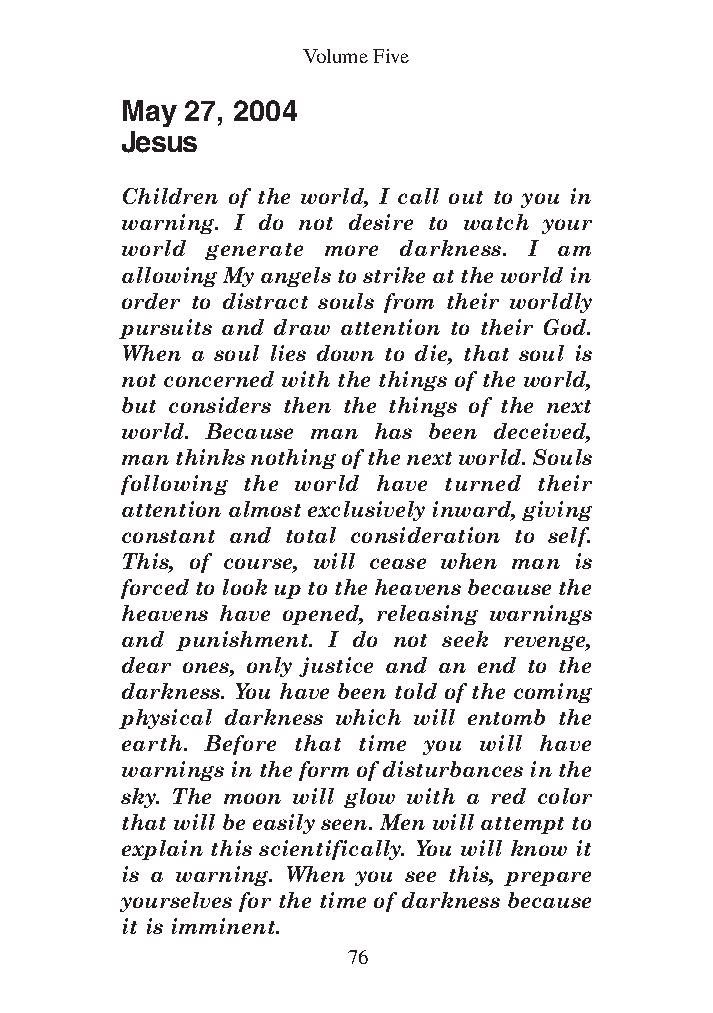
DFOT Vol 5 No App_1 12/3/13 8:54 PM Page 76
 Volume Five
 May 27, 2004
 Jesus
 Children of the world, I call out to you in
 warning. I do not desire to watch your
 world generate more darkness. I am
 allowing My angels to strike at the world in
 order to distract souls from their worldly
 pursuits and draw attention to their God.
 When a soul lies down to die, that soul is
 not concerned with the things of the world,
 but considers then the things of the next
 world. Because man has been deceived,
 man thinks nothing of the next world. Souls
 following the world have turned their
 attention almost exclusively inward, giving
 constant and total consideration to self.
 This, of course, will cease when man is
 forced to look up to the heavens because the
 heavens have opened, releasing warnings
 and punishment. I do not seek revenge,
 dear ones, only justice and an end to the
 darkness. You have been told of the coming
 physical darkness which will entomb the
 earth. Before that time you will have
 warnings in the form of disturbances in the
 sky. The moon will glow with a red color
 that will be easily seen. Men will attempt to
 explain this scientifically. You will know it
 is a warning. When you see this, prepare
 yourselves for the time of darkness because
 it is imminent.
 76